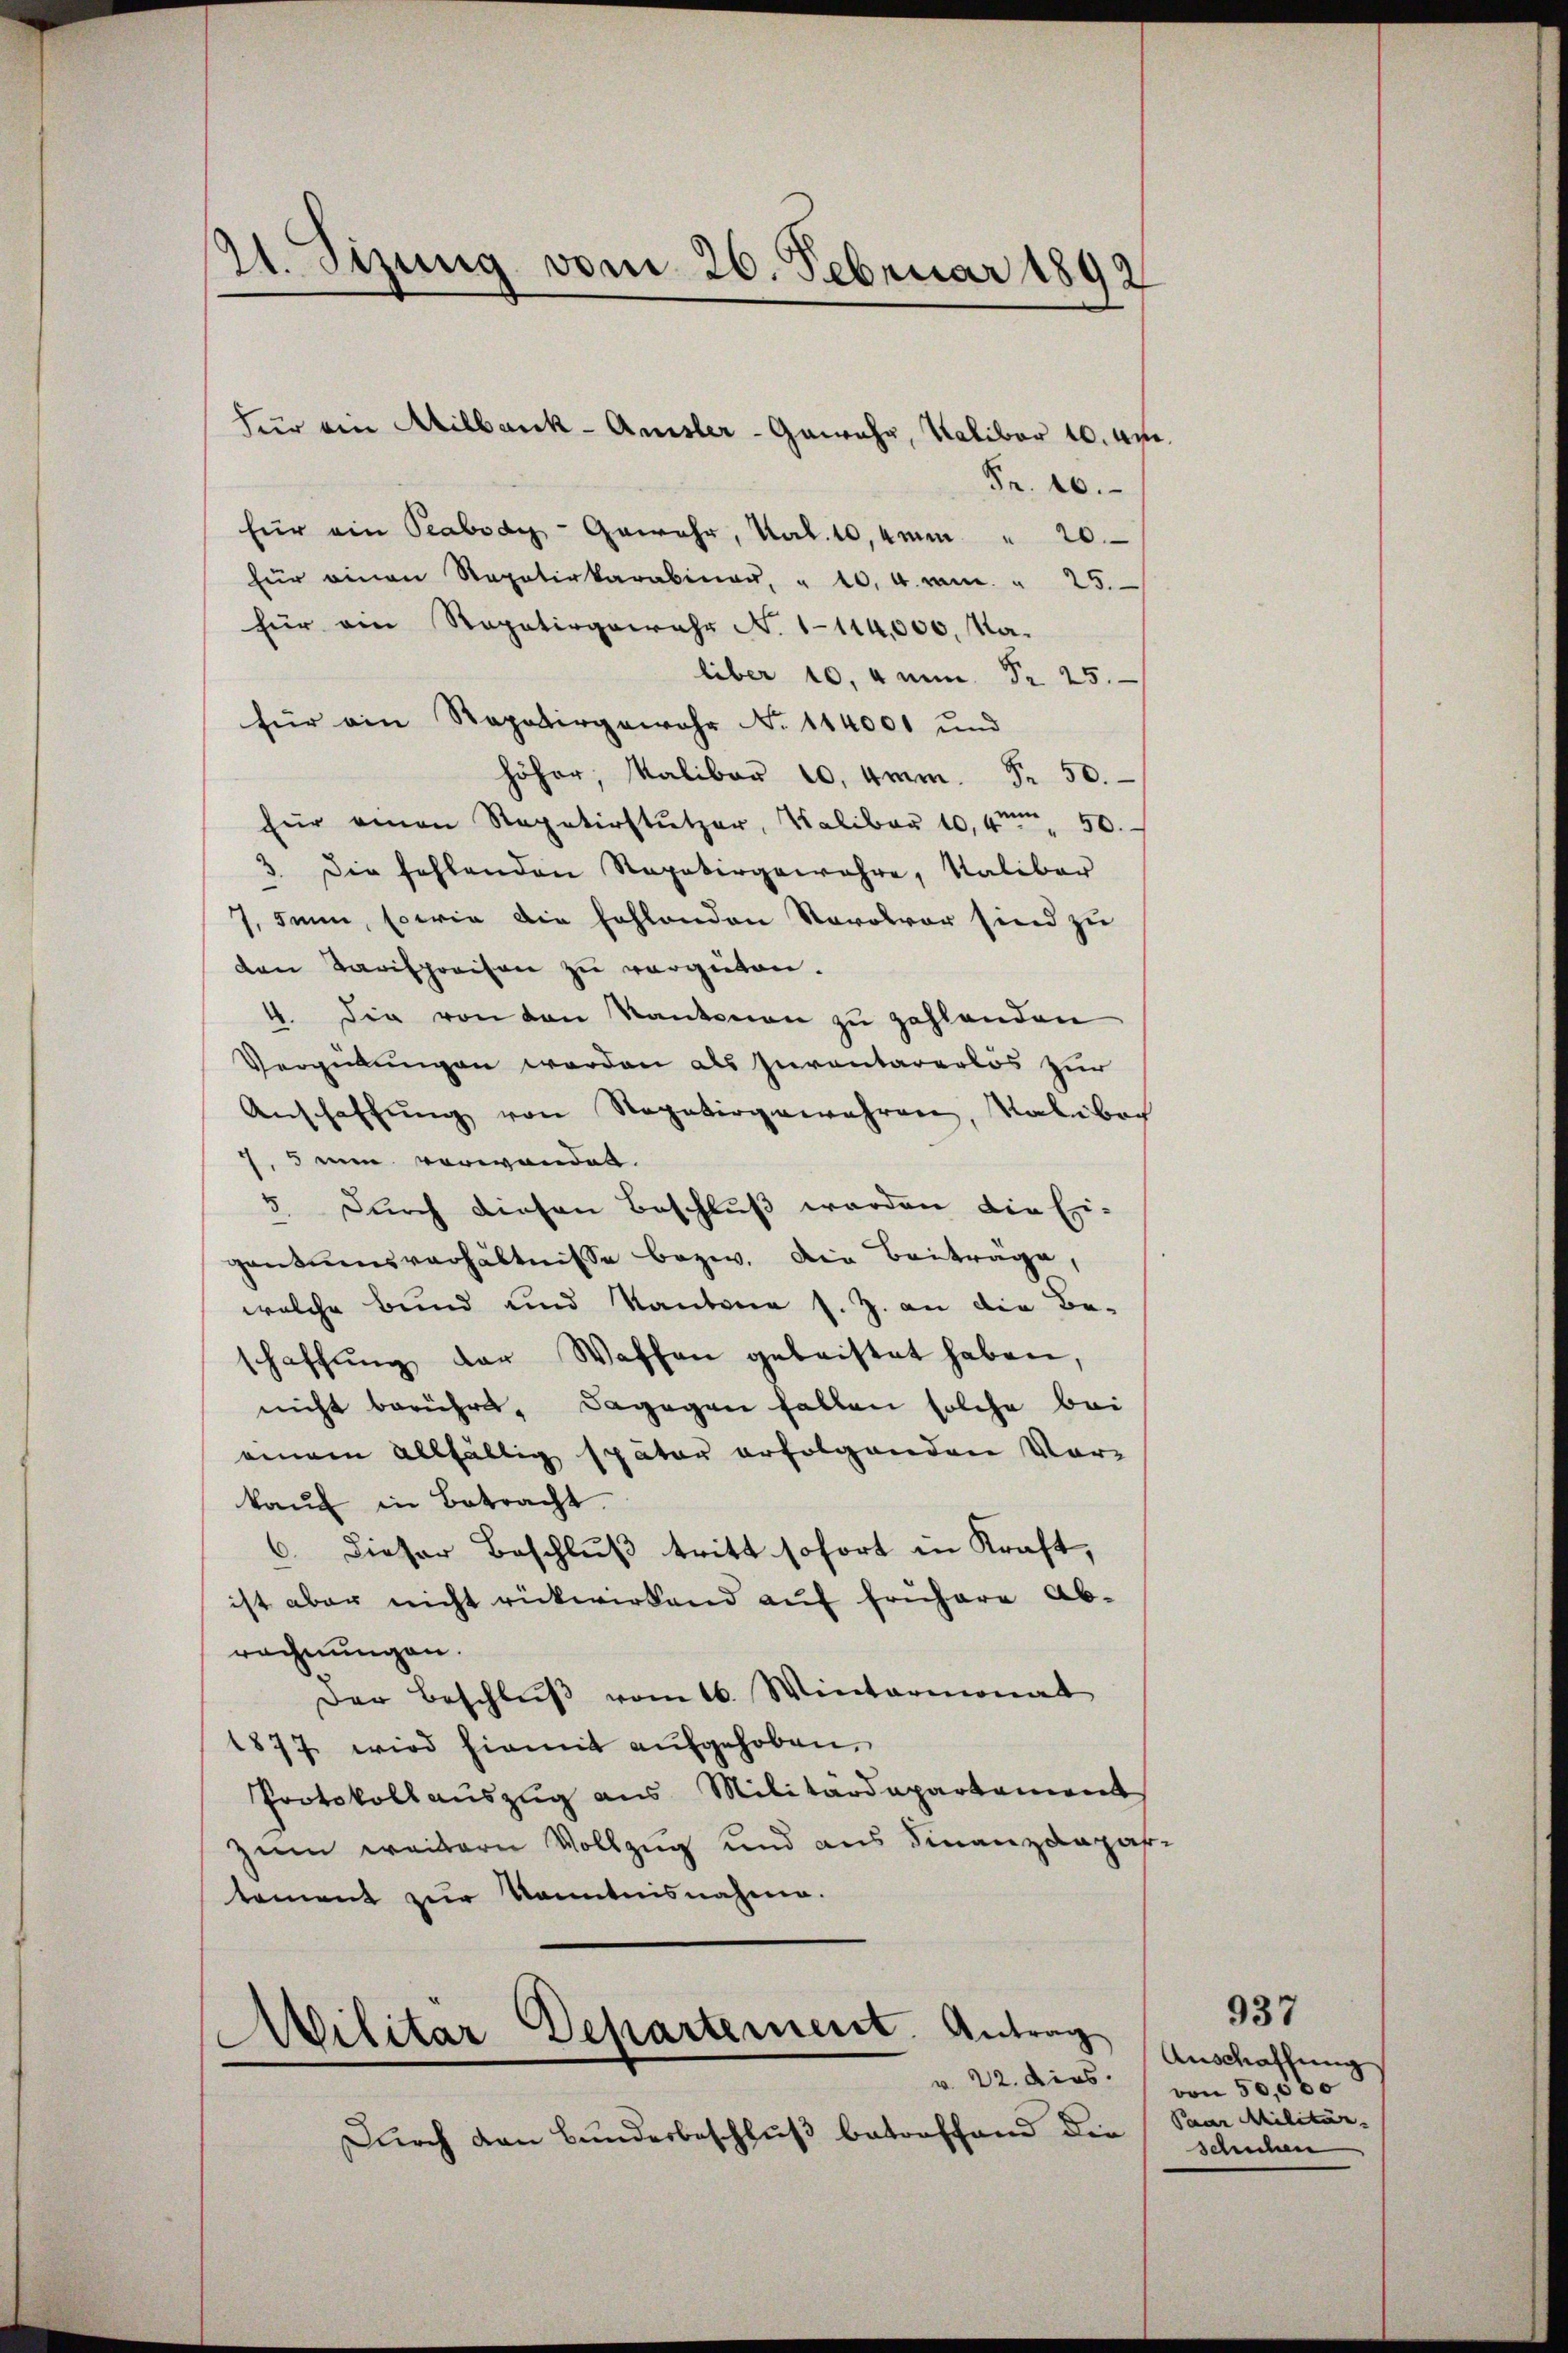
21. Sizung vom 26. Februar 1892

Fr. 10.
für ein Peabody-Gewehr, Kal. 10,4mm " 20
für einen Repetirkarabinaŭ, " 10. 4 cm. " 25.
für am Rapatergewahr N. 1114,000, Naliber 10, Anm. Pr. 25.
für ein Rapatergewahr N. 114001 und
höher, Kaliber 10. Amm. Fr. 50.
für einen Repetirstützer, Valiber 10,4te 50.
3. Die fehlenden Rapatergewahre, Kalibar
7. dann, sowie die hohlenden Savolver sind zu
den Tarifpreisen zu vergüten.
4. Die von den Kantonen zu zahlenden
Vergütungen werden als Inventarerlös zur
Anschaffŭng von Rogatiogewahren, Kalibach
7, 5 ein verwanden.
5. Durch diesen Beschluß werden die Ei-
gantumsverhältnisse bezw. die Beitrage,
welche bund und Kantone s. Z. an die Be-
schaffŭng der Waffen geleistet haben,
nicht berührt, dagegen fallen solche bei
einem allfällig später erfolgenden Vor-
kaŭf in Betracht.
6. Dieser Beschluß tritt sofort in Kraft,
ist aber nicht rückwirkend auf frühere Ab-
rechnungen.
Der Beschluß vom 16. Wintermonat
1877 wird hiemit aufgehoben,
Protokollauszug aus Militärdepartement
zum weitern Vollzug und aus Finanzdepartement zur Kenntnisnahme.

Für ein Abilbank-Amsler - Gewahr, Naliber 10. Apr

Militar Departement. Antrag
v. 22. dies

Durch den Bunderbeschluß betroffend die

Anschaffung
von 50,000
Paar Militär-
schchen

937